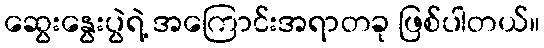
ဆွေးနွေးပွဲရဲ့ အကြောင်းအရာတခု ဖြစ်ပါတယ်။